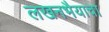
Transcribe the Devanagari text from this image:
लखनभैयाचा